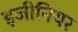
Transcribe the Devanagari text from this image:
इजीनियर